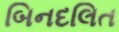
બિનદલિત